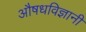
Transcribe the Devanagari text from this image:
औषधविज्ञानी